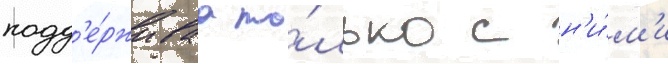
подд'е́рживаа то́лько с н'и́м'и